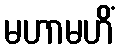
မဟာမဟိံ